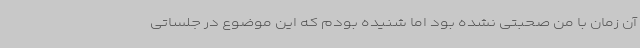
آن زمان با من صحبتی نشده بود اما شنیده بودم که این موضوع در جلساتی